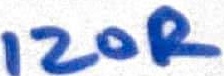
Text: 120R